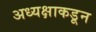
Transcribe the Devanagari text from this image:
अध्यक्षाकडून